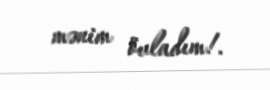
mənim övladım!.